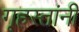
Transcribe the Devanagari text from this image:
गृहस्तांनी